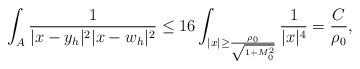
LaTeX: \begin{align*} \int_A \frac{1}{|x-y_h|^2|x-w_h|^2}\leq 16 \int_{|x|\geq \frac{\rho_0}{\sqrt{1+M_0^2}}}\frac{1}{|x|^4}= \frac{C}{\rho_0},\end{align*}